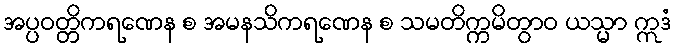
အပ္ပဝတ္တိကရဏေန စ အမနသိကရဏေန စ သမတိက္ကမိတွာဝ ယသ္မာ ဣဒံ